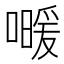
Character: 𰈰